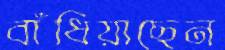
বাঁধিয়াছেন